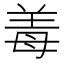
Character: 𬙰